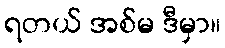
ရတယ် အစ်မ ဒီမှာ။